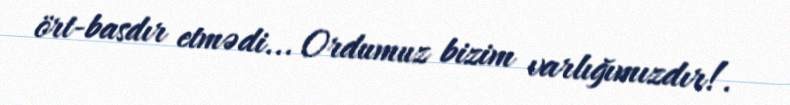
ört-basdır etmədi... Ordumuz bizim varlığımızdır!.